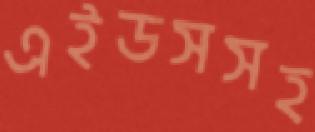
এইডসসহ